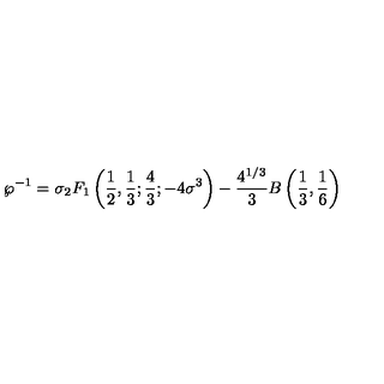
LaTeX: \wp ^ { - 1 } = \sigma { _ { 2 } F _ { 1 } } \left( { \frac { 1 } { 2 } } , { \frac { 1 } { 3 } } ; { \frac { 4 } { 3 } } ; - 4 \sigma ^ { 3 } \right) - { \frac { 4 ^ { 1 / 3 } } { 3 } } B \left( { \frac { 1 } { 3 } } , { \frac { 1 } { 6 } } \right)